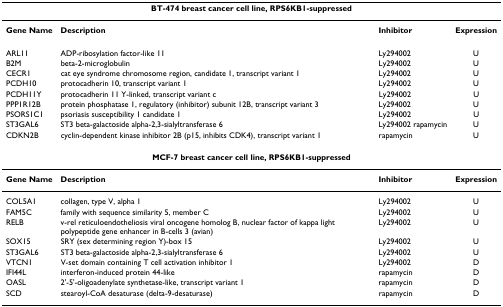
| <COLSPAN=4> BT-474 breast cancer cell line, RPS6KB1-suppressed |
 | --- | --- | --- | --- |
 | Gene Name | Description | Inhibitor | Expression |
 | ARL11 | ADP-ribosylation factor-like 11 | Ly294002 | U |
 | B2M | beta-2-microglobulin | Ly294002 | U |
 | CECR1 | cat eye syndrome chromosome region, candidate 1, transcript variant 1 | Ly294002 | U |
 | PCDH10 | protocadherin 10, transcript variant 1 | Ly294002 | U |
 | PCDH11Y | protocadherin 11 Y-linked, transcript variant c | Ly294002 | U |
 | PPP1R12B | protein phosphatase 1, regulatory (inhibitor) subunit 12B, transcript variant 3 | Ly294002 | U |
 | PSORS1C1 | psoriasis susceptibility 1 candidate 1 | Ly294002 | U |
 | ST3GAL6 | ST3 beta-galactoside alpha-2,3-sialyltransferase 6 | Ly294002 rapamycin | U |
 | CDKN2B | cyclin-dependent kinase inhibitor 2B (p15, inhibits CDK4), transcript variant 1 | rapamycin | U |
 | <COLSPAN=4> MCF-7 breast cancer cell line, RPS6KB1-suppressed |
 | Gene Name | Description | Inhibitor | Expression |
 | COL5A1 | collagen, type V, alpha 1 | Ly294002 | U |
 | FAM5C | family with sequence similarity 5, member C | Ly294002 | U |
 | RELB | v-rel reticuloendotheliosis viral oncogene homolog B, nuclear factor of kappa light polypeptide gene enhancer in B-cells 3 (avian) | Ly294002 | U |
 | SOX15 | SRY (sex determining region Y)-box 15 | Ly294002 | U |
 | ST3GAL6 | ST3 beta-galactoside alpha-2,3-sialyltransferase 6 | Ly294002 | U |
 | VTCN1 | V-set domain containing T cell activation inhibitor 1 | Ly294002 | D |
 | IFI44L | interferon-induced protein 44-like | rapamycin | D |
 | OASL | 2'-5'-oligoadenylate synthetase-like, transcript variant 1 | rapamycin | D |
 | SCD | stearoyl-CoA desaturase (delta-9-desaturase) | rapamycin | D |